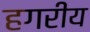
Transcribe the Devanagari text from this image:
हगरीय